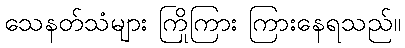
သေနတ်သံများ ကြိုကြား ကြားနေရသည်။